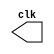
// -------------------------
// Exemplo0048
// Nome: Djonatas Tulio Rodrigues Costa
// -------------------------

// -------------------------
// -- test clock generator (8)
// -------------------------

module clock(clk);
	output clk;
	reg clk;
	
	initial begin
		clk = 1'b0;
	end
	
	always begin
		#15 clk = ~clk;
	end
		
endmodule // clock()

module pulse(signal, clock);
	input clock;
	output signal;
	reg signal;
	
	always @ (clock)
	begin
		   signal = 1'b1;
		#5 signal = 1'b0;
		#5 signal = 1'b1;
		#5 signal = 1'b0;
	end
endmodule // pulse

module Exemplo0048;
	wire clock;
	clock clk(clock);
	wire p1;
		
	pulse pls1(p1, clock);
	
	initial begin
		$dumpfile("Exemplo0048.vcd");
		$dumpvars(1, clock, p1);
		
		#480 $finish;
	end
endmodule // Exemplo0048